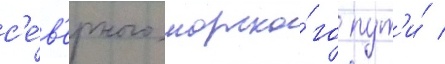
с'е́в'ерного морско́го пут'и́ /